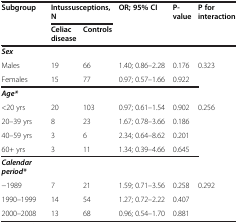
<table><thead><tr><td><b>Subgroup</b></td><td colspan="2"><b>Intussusceptions, N</b></td><td><b>OR; 95% CI</b></td><td><b>P-value</b></td><td><b>P for interaction</b></td></tr><tr><td><b> </b></td><td><b>Celiac disease</b></td><td><b>Controls</b></td><td><b> </b></td><td><b> </b></td><td><b> </b></td></tr></thead><tbody><tr><td><b><i>Sex</i></b></td><td> </td><td> </td><td> </td><td> </td><td> </td></tr><tr><td>Males</td><td>19</td><td>66</td><td>1.40; 0.86–2.28</td><td>0.176</td><td>0.323</td></tr><tr><td>Females</td><td>15</td><td>77</td><td>0.97; 0.57–1.66</td><td>0.922</td><td> </td></tr><tr><td><b><i>Age*</i></b></td><td> </td><td> </td><td> </td><td> </td><td> </td></tr><tr><td>&lt;20 yrs</td><td>20</td><td>103</td><td>0.97; 0.61–1.54</td><td>0.902</td><td rowspan="4">0.256</td></tr><tr><td>20–39 yrs</td><td>8</td><td>23</td><td>1.67; 0.78–3.66</td><td>0.186</td></tr><tr><td>40–59 yrs</td><td>3</td><td>6</td><td>2.34; 0.64–8.62</td><td>0.201</td></tr><tr><td>60+ yrs</td><td>3</td><td>11</td><td>1.34; 0.39–4.66</td><td>0.645</td></tr><tr><td><b><i>Calendar period*</i></b></td><td> </td><td> </td><td> </td><td> </td><td> </td></tr><tr><td>−1989</td><td>7</td><td>21</td><td>1.59; 0.71–3.56</td><td>0.258</td><td rowspan="2">0.292</td></tr><tr><td>1990–1999</td><td>14</td><td>54</td><td>1.27; 0.72–2.22</td><td>0.407</td></tr><tr><td>2000–2008</td><td>13</td><td>68</td><td>0.96; 0.54–1.70</td><td>0.881</td><td> </td></tr></tbody></table>